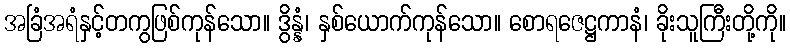
အခြံအရံနှင့်တကွဖြစ်ကုန်သော။ ဒွိန္နံ၊ နှစ်ယောက်ကုန်သော။ စောရဇေဋ္ဌကာနံ၊ ခိုးသူကြီးတို့ကို။